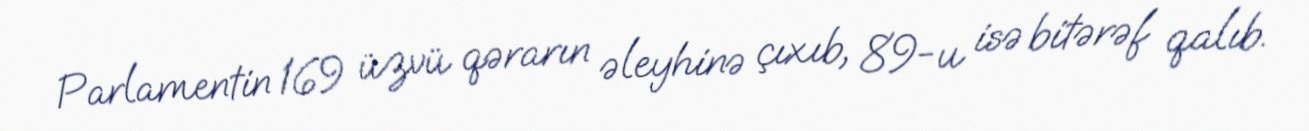
Parlamentin 169 üzvü qərarın əleyhinə çıxıb, 89-u isə bitərəf qalıb.